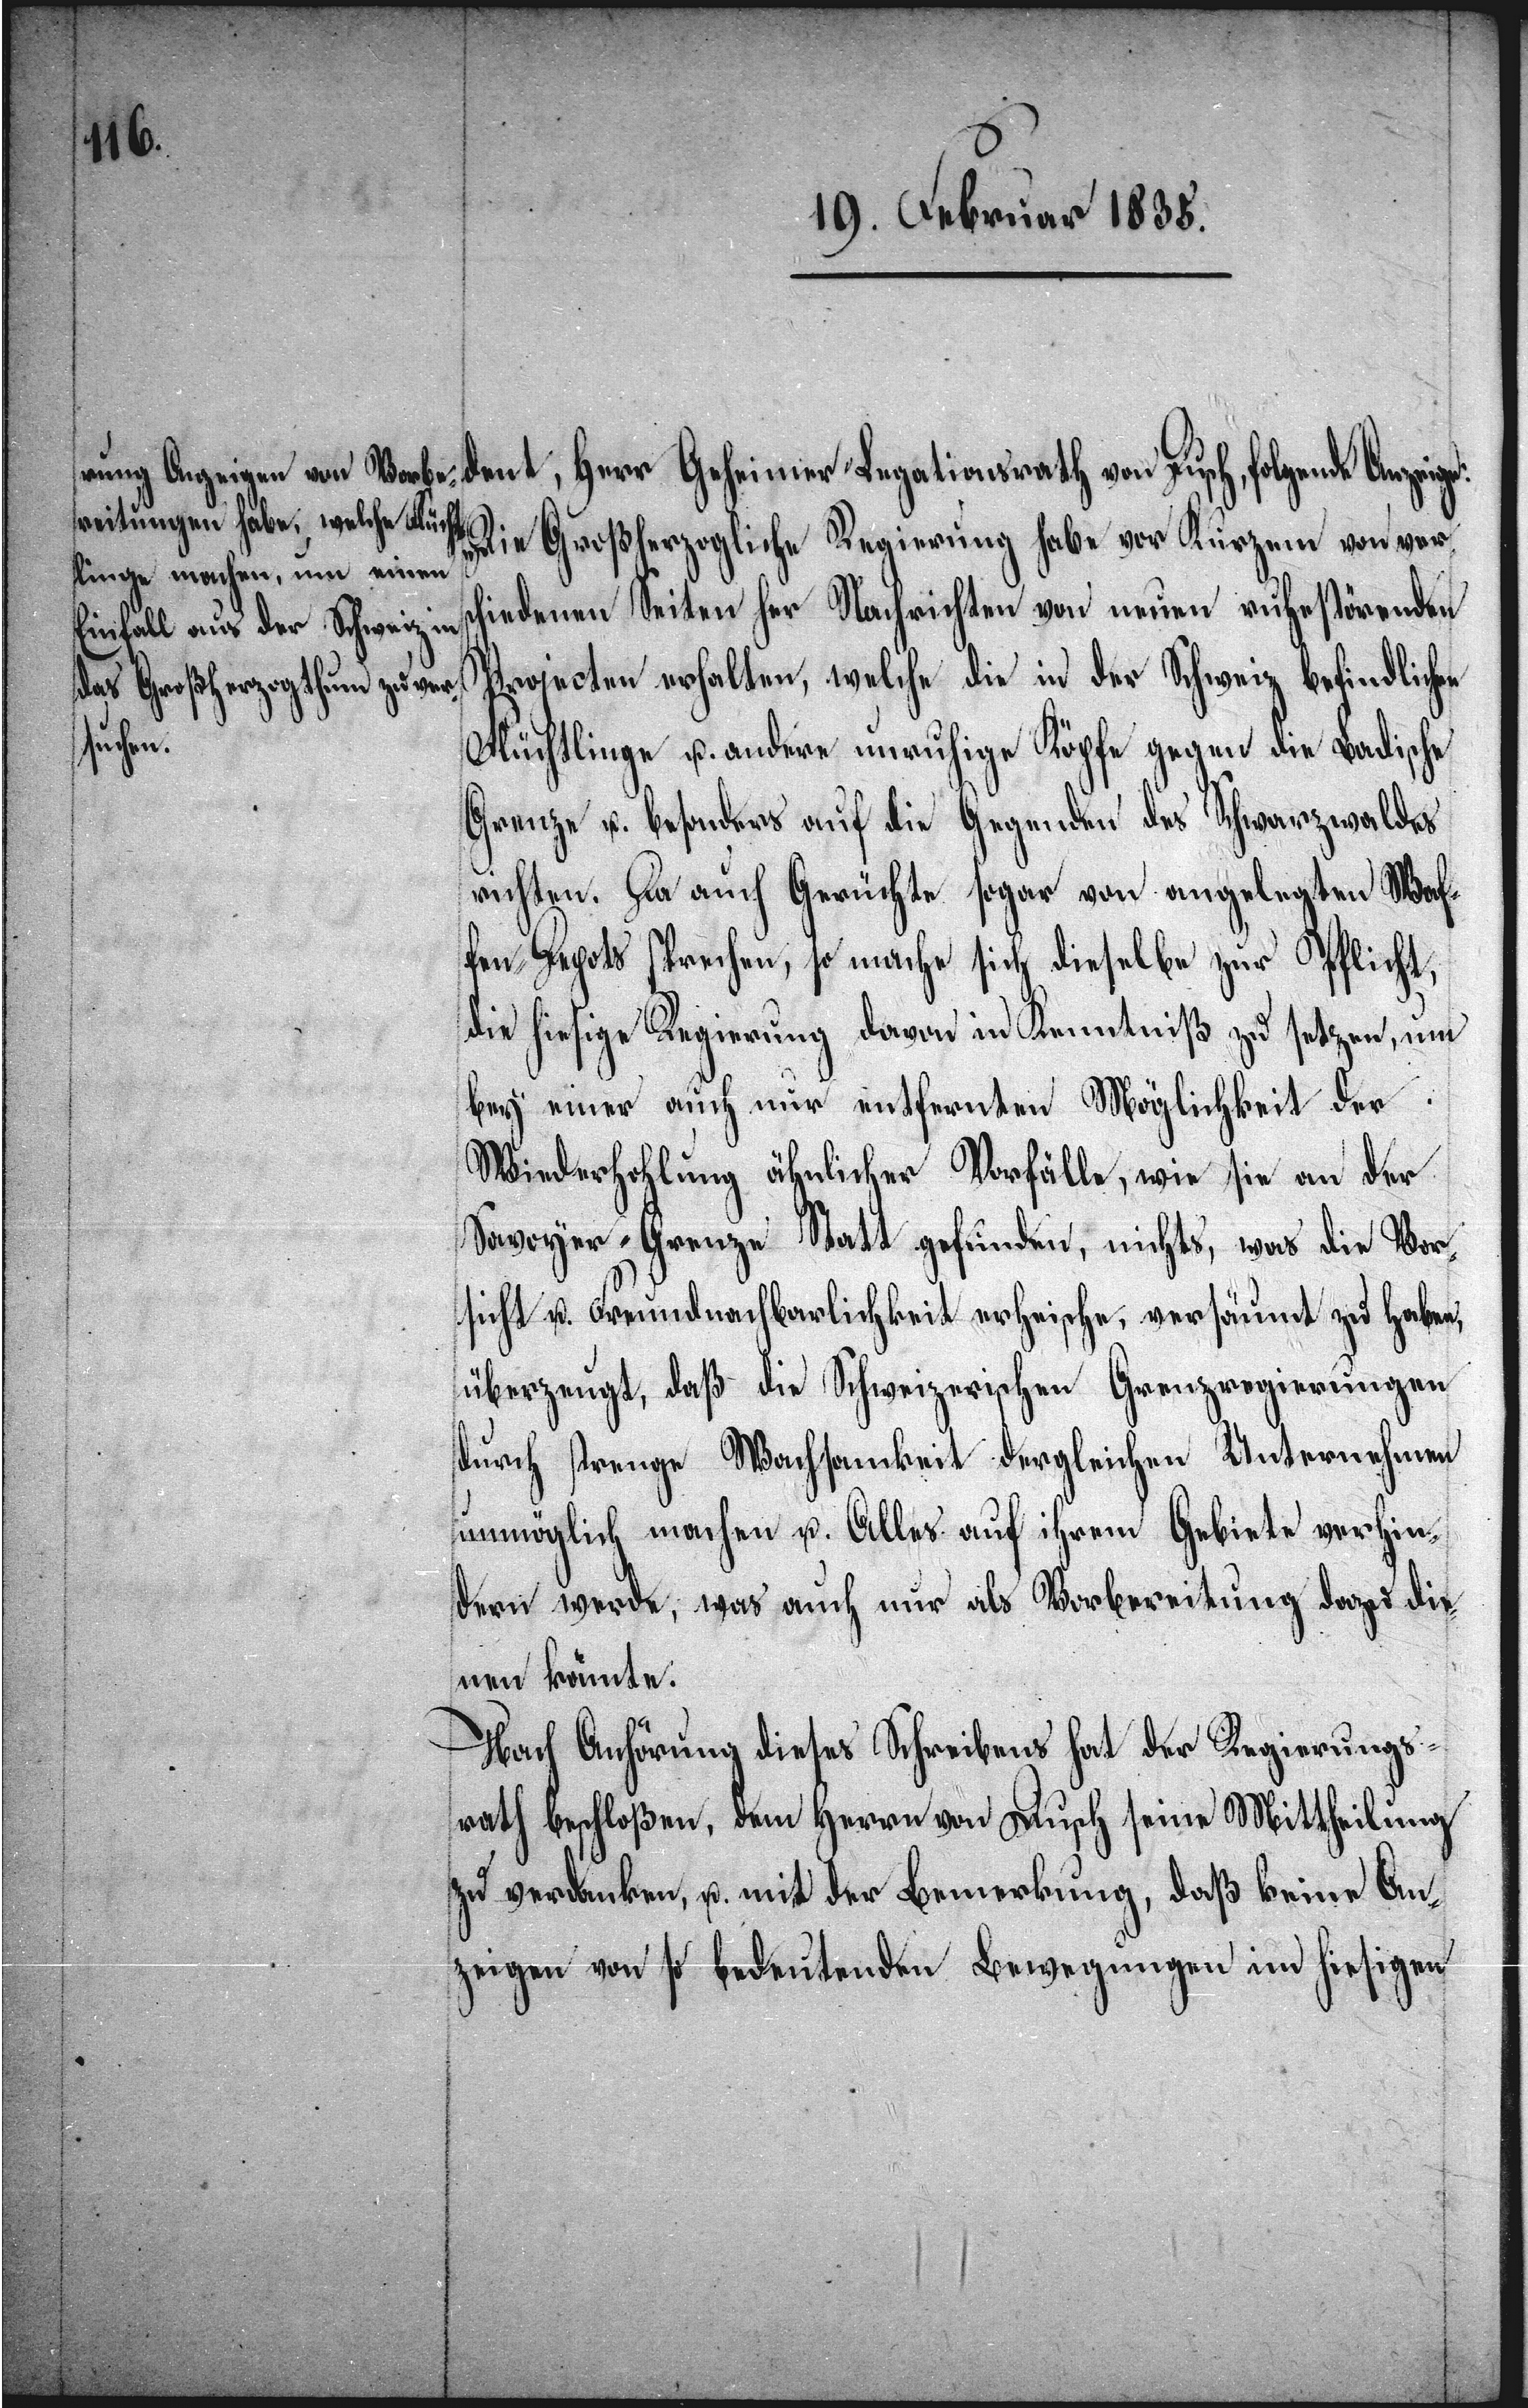
„Die Großherzogliche Regierung habe vor Kurzem von vers¬
chiedenen Seiten her Nachrichten von neuen ruhestörenden
Projecten erhalten, welche die in der Schweiz befindlichen
Flüchtlinge u. andere unruhige Köpfe gegen die Badische
Grenze u. besonders auf die Gegenden des Schwarzwaldes
richten. Da auch Gerüchte sogar von angelegten Waf¬
fen-Depots sprechen, so mache sich dieselbe zur Pflicht,
die hiesige Regierung davon in Kenntniß zu setzen, um
bey einer auch nur entfernten Möglichkeit der
Wiederhohlung ähnlicher Vorfälle, wie sie an der
Savoyer-Grenze Statt gefunden, nichts, was die Vor¬
sicht u. Freundnachbarlichkeit erheische, versäumt zu haben,
überzeugt, daß die Schweizerischen Grenzregierungen
durch strenge Wachsamkeit dergleichen Unternehmen
unmöglich machen u. Alles auf ihrem Gebiete verhin¬
dern werde, was auch nur als Vorbereitung dazu die¬
nen könnte.[“]
Nach Anhörung dieses Schreibens hat der Regierungs¬
rath beschloßen, dem Herrn von Dusch seine Mittheilung
zu verdanken, u. mit der Bemerkung, daß keine An¬
zeigen von so bedeutenden Bewegungen im hiesigen